Report of the Indian Hemp Drugs Commission, 1894-1895 - Volume VII
Year: 1894
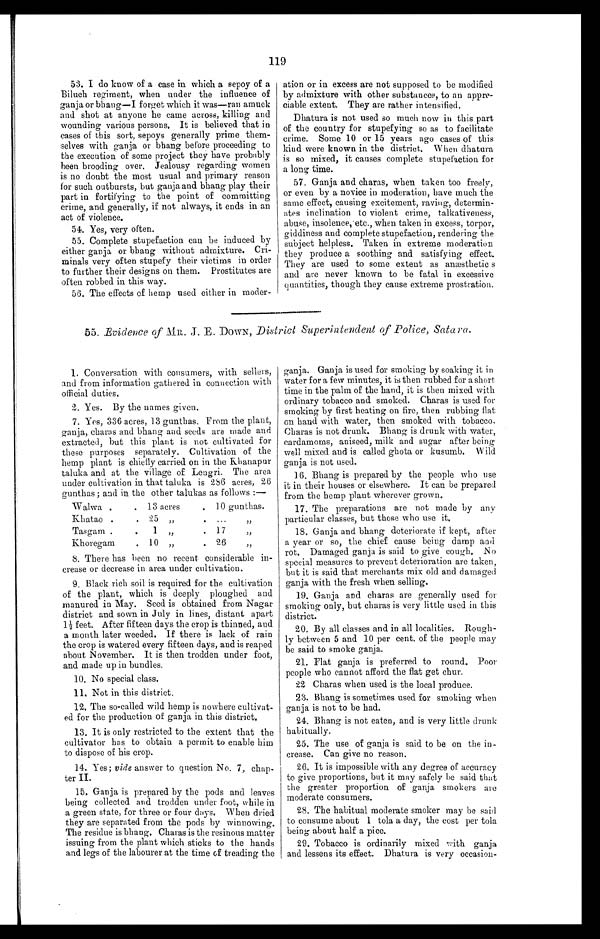
119
53. I do know of a case in which a sepoy of a
Biluch regiment, when under the influence of
ganja or bhang—I forget which it was—ran amuck
and shot at anyone he came across, killing and
wounding various persons. It is believed that in
cases of this sort, sepoys generally prime them
- s e l v e s w i t h g a n j a o r b h a n g b e f o r e p r o c e e d i n g t o
the execution of some project they have probably
been brooding over. Jealousy regarding women
is no doubt the most usual and primary reason
for such outbursts, but ganja and bhang play their
part in fortifying to the point of committing
crime, and generally, if not always, it ends in an
act of violence.
54. Yes, very often.
55. Complete stupefaction can be induced by
either ganja or bhang without admixture. Cri-
minals very often stupefy their victims in order
to further their designs on them. Prostitutes are
often robbed in this way.
56. The effects of hemp used either in moder-
ation or in excess are not supposed to be modified
by admixture with other substances, to an appre-
ciable extent. They are rather intensified.
Dhatura is not used so much now in this part
of the country for stupefying so as to facilitate
crime. Some 10 or 15 years ago cases of this
kind were known in the district. When dhatura
is so mixed, it causes complete stupefaction for
a long time.
57. Ganja and charas, when taken too freely,
or even by a novice in moderation, have much the
same effect, causing excitement, raving, determin
- a t e s i n c l i n a t i o n t o v i o l e n t c r i m e , t a l k a t i v e n e s s ,
abuse, insolence, etc., when taken in excess, torpor,
giddiness and complete stupefaction, rendering the
subject helpless. Taken in extreme moderation
they produce a soothing and satisfying effect.
They are used to some extent as anæsthetics
and are never known to be fatal in excessive
quantities, though they cause extreme prostration.
55. Evidence of MR. J. E. DOWN, Districts Superintendent of Police, Satara.
1. Conversation with consumers, with sellers,
and from information gathered in connection with
official duties.
2. Yes. By the names given.
7. Yes, 336 acres, 13 gunthas. From the plant,
ganja, charas and bhang and seeds are made and
extracted, but this plant is not cultivated for
these purposes separately. Cultivation of the
hemp plant is chiefly carried on in the Khanapur
taluka and at the village of Lengri. The area
under cultivation in that taluka is 286 acres, 26
gunthas ; and in the other talukas as follows :—
Walwa .
. 13 acres
. 10gunthas.
Khatao
.
. 25 „
. ...
„
Tasgam .
.
1„
. 17
„
Khoregam
. 10 „
. 26
„
8. There has been no recent considerable in-
crease or decrease in area under cultivation.
9. Black rich soil is required for the cultivation
of the plant, which is deeply ploughed and
manured in May. Seed is obtained from Nagar
district and sown in July in lines, distant apart
1½ feet. After fifteen days the crop is thinned, and
a month later weeded. If there is lack of rain
the crop is watered every fifteen days, and is reaped
about November. It is then trodden under foot,
and made up in bundles.
10. No special class.
11. Not in this district.
12. The so-called wild hemp is nowhere cultivat
-ed for the production of ganja in this district.
13. It is only restricted to the extent that the
cultivator has to obtain a permit to enable him
to dispose of his crop.
14. Yes; vide answer to question No. 7, chap--
ter II.
15. Ganja is prepared by the pods and leaves
being collected and trodden under foot, while in
a green state, for three or four days. When dried
they are separated from the pods by winnowing.
The residue is bhang. Charas is the resinous matter
issuing from the plant which sticks to the hands
and legs of the labourer at the time of treading the
ganja. Ganja is used for smoking by soaking it in
water for a few minutes, it is then rubbed for a short
time in the palm of the hand, it is then mixed with
ordinary tobacco and smoked. Charas is used for
smoking by first heating on fire, then rubbing flat
on hand with water, then smoked with tobacco.
Charas is not drunk. Bhang is drunk with water,
cardamoms, aniseed, milk and sugar after being
well mixed and is called ghota or kusumb. Wild
ganja is not used.
16. Bhang is prepared by the people who use
it in their houses or elsewhere. It can be prepared
from the hemp plant wherever grown.
17. The preparations are not made by any
particular classes, but those who use it.
18. Ganja and bhang deteriorate if kept, after
a year or so, the chief cause being damp and
rot. Damaged ganja is said to give cough. No
special measures to prevent deterioration are taken,
but it is said that merchants mix old and damaged
ganja with the fresh when selling.
19. Ganja and charas are generally used for
smoking only, but charas is very little used in this
district.
20. By all classes and in all localities. Rough--
ly between 5 and 10 per cent. of the people may
be said to smoke ganja.
21. Flat ganja is preferred to round. Poor
people who cannot afford the flat get chur.
22. Charas when used is the local produce.
23. Bhang is sometimes used for smoking when
ganja is not to be had.
24. Bhang is not eaten, and is very little drunk
habitually.
25. The use of ganja is said to be on the in-
-crease. Can give no reason.
26. It is impossible with any degree of accuracy
to give proportions, but it may safely be said that
the greater proportion of ganja smokers are
moderate consumers.
28. The habitual moderate smoker may be said
to consume about 1 tola a day, the cost per tola
being about half a pice.
29. Tobacco is ordinarily mixed with ganja
and lessens its effect. Dhatura is very occasion-